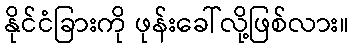
နိုင်ငံခြားကို ဖုန်းခေါ်လို့ဖြစ်လား။